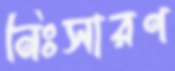
নিঃসারণ